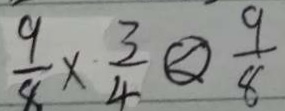
\frac { 9 } { 8 } \times \frac { 3 } { 4 } \textcircled { < } \frac { 9 } { 8 }